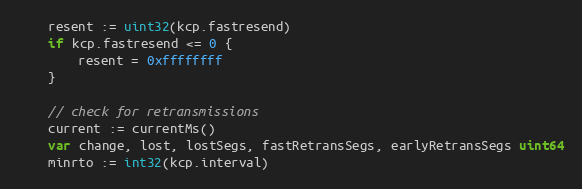
Language: Go
	resent := uint32(kcp.fastresend)
	if kcp.fastresend <= 0 {
		resent = 0xffffffff
	}

	// check for retransmissions
	current := currentMs()
	var change, lost, lostSegs, fastRetransSegs, earlyRetransSegs uint64
	minrto := int32(kcp.interval)